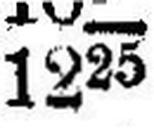
1225